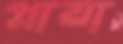
প্লায়া